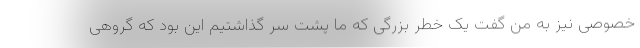
خصوصی نیز به من گفت یک خطر بزرگی که ما پشت سر گذاشتیم این بود که گروهی